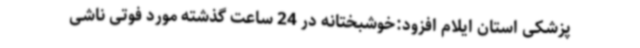
پزشکی استان ایلام افزود:خوشبختانه در 24 ساعت گذشته مورد فوتی ناشی